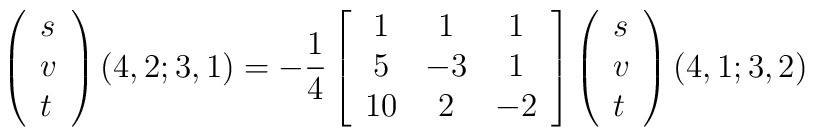
\left(\begin{array}{l} s \\ v \\ t \end{array} \right)(4,2;3,1) = - \frac{1}{4}\left[ \begin{array}{ccc} 1 & 1 & 1 \\ 5 & -3 & 1 \\ 10 & 2 & -2\end{array} \right] \left(\begin{array}{l} s \\ v \\ t \end{array}\right)(4,1;3,2)